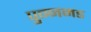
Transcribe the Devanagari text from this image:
पुन्नमड